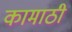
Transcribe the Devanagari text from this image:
कामाठी